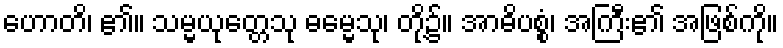
ဟောတိ၊ ၏။ သမ္မယုတ္တေသု ဓမ္မေသု၊ တို့၌။ အာဓိပစ္စံ၊ အကြီး၏ အဖြစ်ကို။